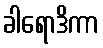
ခါရောဒိကာ